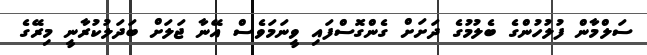
ސަލްމާން ފުލުހުންގެ ބެލުމުގެ ދަށަށް ގެންގޮސްފައި ވީނަމަވެސް އޭނާ ޖަލަށް ބަދަލުކުރާނީ މިރޭގެ